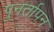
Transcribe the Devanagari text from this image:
पुनर्तापन